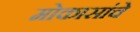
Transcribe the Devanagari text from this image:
मोकासांचे